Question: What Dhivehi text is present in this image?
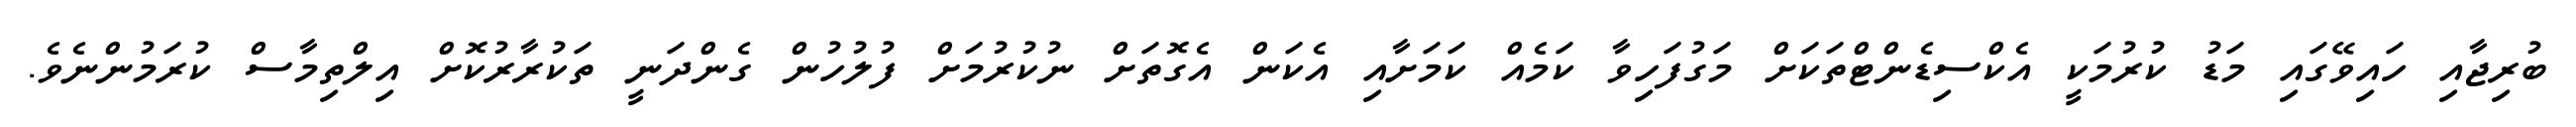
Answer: ބުރިޖާއި ހައިވޭގައި މަޑު ކުރުމަކީ އެކްސިޑެންޓްތަކަށް މަގުފަހިވާ ކަމެއް ކަމަށާއި އެކަން އެގޮތަށް ނުކުރުމަށް ފުލުހުން ގެންދަނީ ތަކުރާރުކޮށް އިލްތިމާސް ކުރަމުންނެވެ.